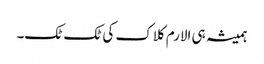
ہمیشہ ہی الارم کلاک کی ٹک ٹک۔